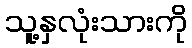
သူ့နှလုံးသားကို